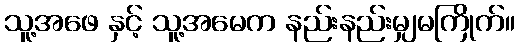
သူ့အဖေ နှင့် သူ့အမေက နည်းနည်းမျှမကြိုက်။